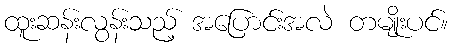
ထူးဆန်းလွန်းသည့် အပြောင်းအလဲ တမျိုးပင်။